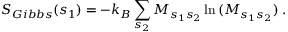
S _ { G i b b s } ( s _ { 1 } ) = - k _ { B } \sum _ { s _ { 2 } } M _ { s _ { 1 } s _ { 2 } } \ln { ( M _ { s _ { 1 } s _ { 2 } } ) } \; .